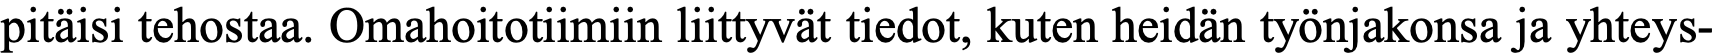
pitäisi tehostaa. Omahoitotiimiin liittyvät tiedot, kuten heidän työnjakonsa ja yhteys-